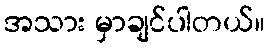
အသား မှာချင်ပါတယ်။